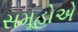
સમૂહોએ